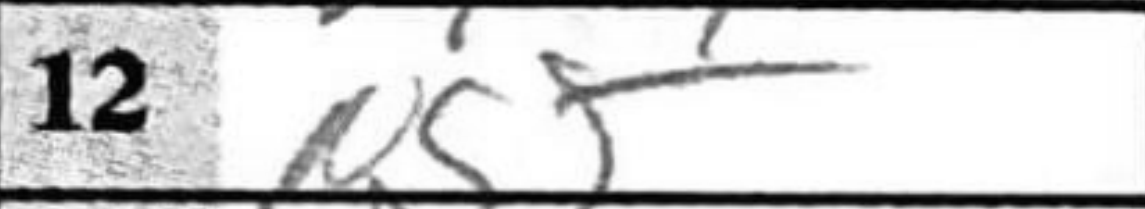
Transcription: N5+